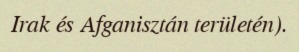
Irak és Afganisztán területén).